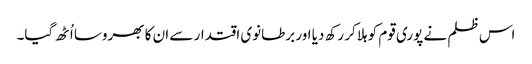
اس ظلم نے پوری قوم کو ہلا کر رکھ دیا اور برطانوی اقتدار سے ان کا بھروسا اُٹھ گیا۔